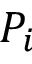
P _ { i }